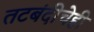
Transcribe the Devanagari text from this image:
तटबंदीचेही